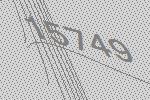
15749